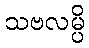
သဗလမ္ပိ